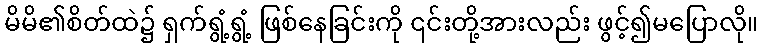
မိမိ၏စိတ်ထဲ၌ ရှက်ရွံ့ရွံ့ ဖြစ်နေခြင်းကို ၎င်းတို့အားလည်း ဖွင့်၍မပြောလို။